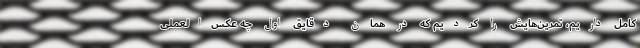
کامل داریم، تمرین‌هایش را کردیم که در همان دقایق اول چه عکس‌العملی